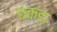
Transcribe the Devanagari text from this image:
छकड़ा